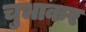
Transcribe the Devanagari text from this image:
चुभाकर